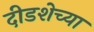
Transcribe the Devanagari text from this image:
दीडशेच्या